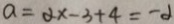
a = 2 x - 3 + 4 = - 2